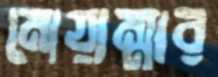
মোয়াম্মার